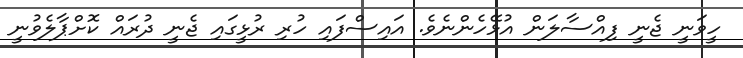
ހީވަނީ ޖެނީ ފިއްސާލަން އުޅޭހެންނެވެ. އައިސްފައި ހުރި ރުޅީގައި ޖެނީ ދުރައް ކޮށްޕާލެވުނީ